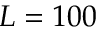
L = 1 0 0